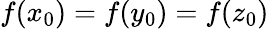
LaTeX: f(x_{0})=f(y_{0})=f(z_{0})